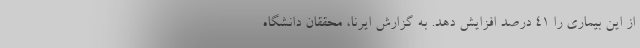
از این بیماری را ۴۱ درصد افزایش دهد. به گزارش ایرنا، محققان دانشگاه